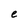
Character: e